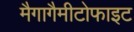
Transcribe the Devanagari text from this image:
मैगागैमीटोफाइट